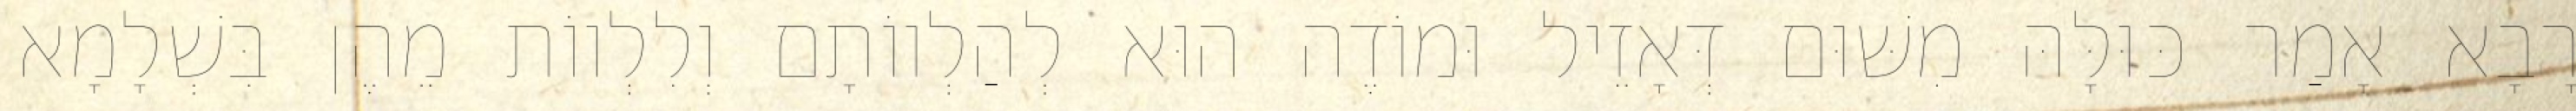
רָבָא אָמַר כּוּלָּהּ מִשּׁוּם דְּאָזֵיל וּמוֹדֶה הוּא לְהַלְווֹתָם וְלִלְווֹת מֵהֶן בִּשְׁלָמָא